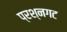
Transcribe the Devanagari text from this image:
प्रश्नगट